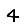
Digit: 4